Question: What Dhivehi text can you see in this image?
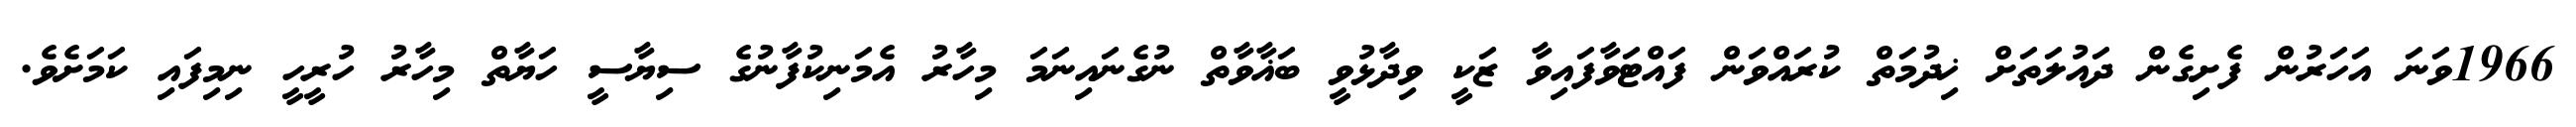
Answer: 1966ވަނަ އަހަރުން ފެށިގެން ދައުލަތަށް ޚިދުމަތް ކުރައްވަން ފައްޓަވާފައިވާ ޒަކީ ވިދާޅުވީ ބަޣާވާތް ނުގެނައިނަމަ މިހާރު އެމަނިކުފާނުގެ ސިޔާސީ ހަޔާތް މިހާރު ހުރީހީ ނިމިފައި ކަމަށެވެ.